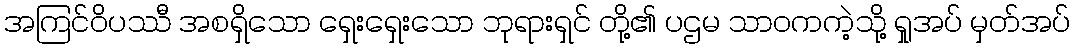
အကြင်ဝိပဿီ အစရှိသော ရှေးရှေးသော ဘုရားရှင် တို့၏ ပဌမ သာဝကကဲ့သို့ ရှုအပ် မှတ်အပ်